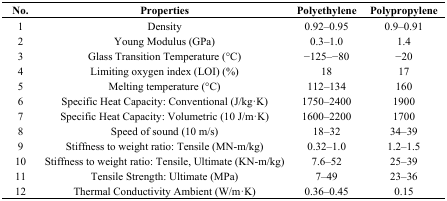
<table><thead><tr><td><b>No.</b></td><td><b>Properties</b></td><td><b>Polyethylene</b></td><td><b>Polypropylene</b></td></tr></thead><tbody><tr><td>1</td><td>Density</td><td>0.92–0.95</td><td>0.9–0.91</td></tr><tr><td>2</td><td>Young Modulus (GPa)</td><td>0.3–1.0</td><td>1.4</td></tr><tr><td>3</td><td>Glass Transition Temperature (°C)</td><td>−125–−80</td><td>−20</td></tr><tr><td>4</td><td>Limiting oxygen index (LOI) (%)</td><td>18</td><td>17</td></tr><tr><td>5</td><td>Melting temperature (°C)</td><td>112–134</td><td>160</td></tr><tr><td>6</td><td>Specific Heat Capacity: Conventional (J/kg·K)</td><td>1750–2400</td><td>1900</td></tr><tr><td>7</td><td>Specific Heat Capacity: Volumetric (10 J/m·K)</td><td>1600–2200</td><td>1700</td></tr><tr><td>8</td><td>Speed of sound (10 m/s)</td><td>18–32</td><td>34–39</td></tr><tr><td>9</td><td>Stiffness to weight ratio: Tensile (MN-m/kg)</td><td>0.32–1.0 </td><td>1.2–1.5</td></tr><tr><td>10</td><td>Stiffness to weight ratio: Tensile, Ultimate (KN-m/kg)</td><td>7.6–52</td><td>25–39</td></tr><tr><td>11</td><td>Tensile Strength: Ultimate (MPa)</td><td>7–49</td><td>23–36</td></tr><tr><td>12</td><td>Thermal Conductivity Ambient (W/m·K)</td><td>0.36–0.45</td><td>0.15</td></tr></tbody></table>